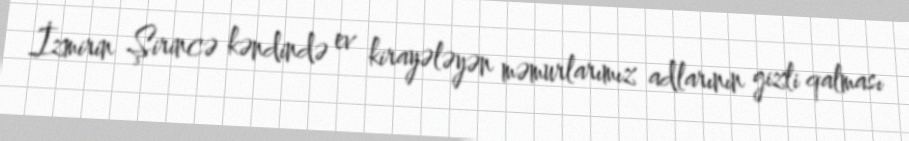
İzmirin Şirincə kəndində ev kirayələyən məmurlarımız adlarının gizli qalması